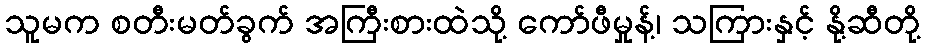
သူမက စတီးမတ်ခွက် အကြီးစားထဲသို့ ကော်ဖီမှုန့်၊ သကြားနှင့် နို့ဆီတို့